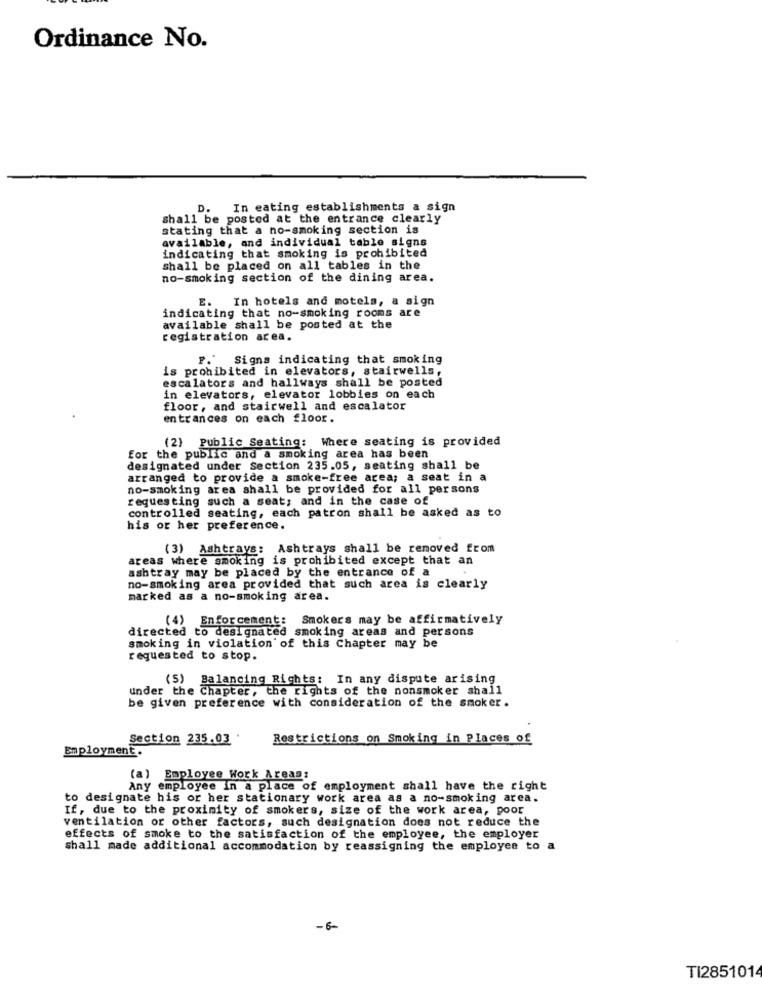
Ordinance No.
D.
In eating establishments a sign
shall be posted at the entrance clearly
stating that a no-smoking section is
available, and individual table signs
indicating that smoking is prohibited
shall be placed on all tables in the
no-smoking section of the dining area.
E. In hotels and motels, a sign
indicating that no-smoking rooms are
available shall be posted at the
registration area.
P.' Signs indicating that smoking
is prohibited in elevators, stairwells,
escalators and hallways shall be posted
in elevators, elevator lobbies on each
floor, and stairwell and escalator
entrances on each floor.
(2) Public Seating: Where seating is provided
for the public and a smoking area has been
designated under Section 235.05, seating shall be
arranged to provide a smoke-free area; a seat in a
no-smoking area shall be provided for all persons
requesting such a seat; and in the case of
controlled seating, each patron shall be asked as to
his or her preference.
(3) Ashtrays: Ashtrays shall be removed from
areas where smoking is prohibited except that an
ashtray may be placed by the entrance of a
no-smoking area provided that such area is clearly
marked as a no-smoking area.
(4) Enforcement: Smokers may be affirmatively
directed to designated smoking areas and persons
smoking in violation of this Chapter may be
requested to stop.
(5) Balancing Rights: In any dispute arising
under the Chapter, the rights of the nonsmoker shall
be given preference with consideration of the smoker.
Section 235.03
Restrictions on Smoking in Places of
Employment.
(a) Employee Work Areaa:
Any employee in a place of employment shall have the right
to designate his or her stationary work area as a no-smoking area.
If, due to the proximity of smokers, size of the work area, poor
ventilation or other factors, such designation does not reduce the
effects of smoke to the satisfaction of the employee, the employer
shall made additional accommodation by reassigning the employee to a
-6-
TI2851014